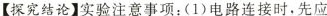
【探究结论】实验注意事项：(1)电路连接时，先应